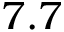
7 . 7